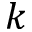
k